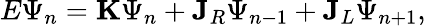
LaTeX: E\Psi_{n}=\mathbf{K}\Psi_{n}+\mathbf{J}_{R}\Psi_{n-1}+\mathbf{J}_{L}\Psi_{n+1},